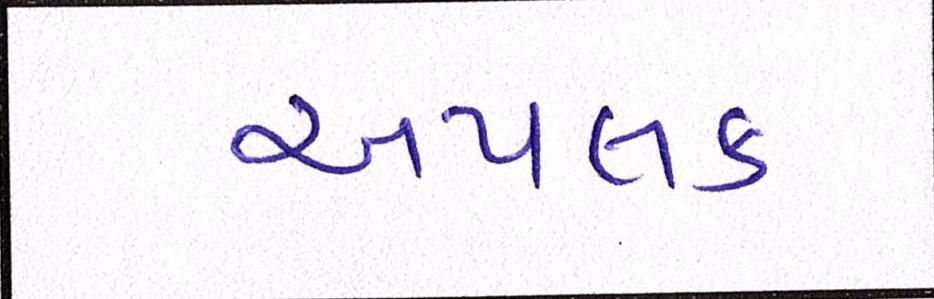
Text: અપલક